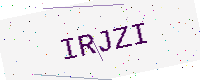
Text: IRJZI